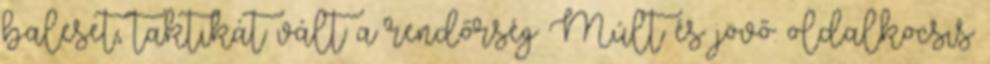
baleset, taktikát vált a rendőrség Múlt és jövő: oldalkocsis